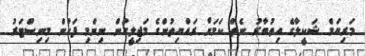
މަރިޔަމް ޝަކީލާގެ އިތުބާރު ނެތް ކަމަށް ރައްޔިތުންގެ މަޖިލީހުން ނިންމި ފަހުން މިނިސްޓަރު